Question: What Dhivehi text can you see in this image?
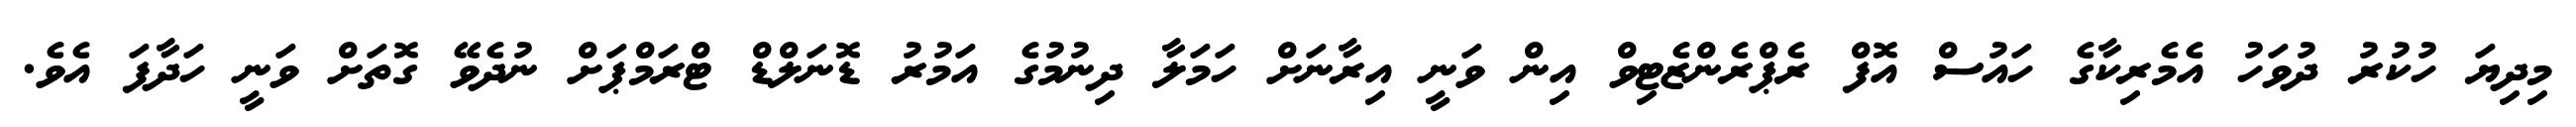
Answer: މިދިޔަ ހުކުރު ދުވަހު އެމެރިކާގެ ހައުސް އޮފް ރެޕްރެންޒެޓިވް އިން ވަނީ އިރާނަށް ހަމަލާ ދިނުމުގެ އަމުރު ޑޮނަލްޑް ޓްރަމްޕަށް ނުދެވޭ ގޮތަށް ވަނީ ހަދާފަ އެވެ.